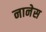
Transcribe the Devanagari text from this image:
नानेस